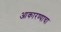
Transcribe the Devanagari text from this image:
आकारण्याचा